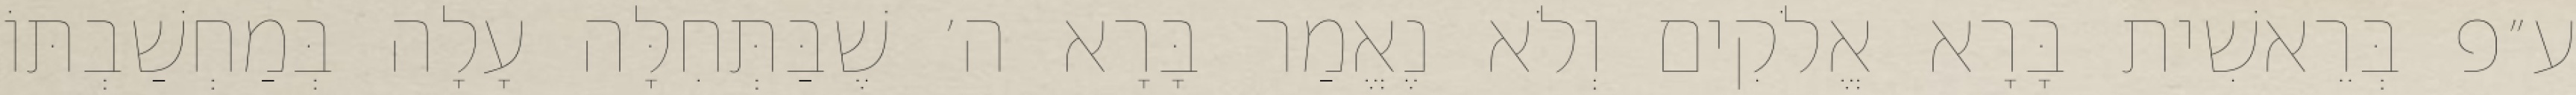
ע״פ בְּרֵאשִׁית בָּרָא אֱלֹקִים וְלֹא נֶאֱמַר בָּרָא ה׳ שֶׁבַּתְּחִלָּה עָלָה בְּמַחְשַׁבְתּוֹ